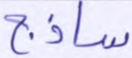
ساذج